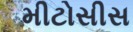
મીટોસીસ